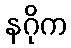
နဂိုက